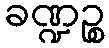
ခဏ္ဍဉ္စ